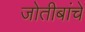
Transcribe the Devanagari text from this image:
जोतीबांचे